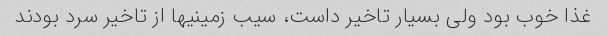
غذا خوب بود ولی بسیار تاخیر داست، سیب زمینیها از تاخیر سرد بودند